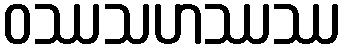
ဝဿသဟဿဿ